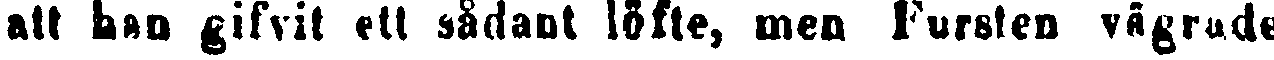
att han gifvit ett sådant löfte, men Fursten vägrade